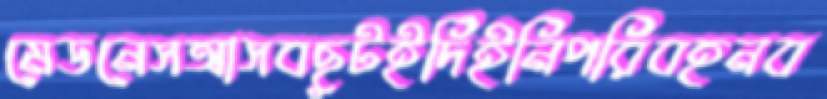
মেডনেসআসবছুটইদিইনিপরিবহনব